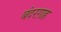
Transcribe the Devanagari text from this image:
बंदरग़ाह